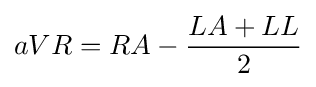
aVR=RA-{\frac {LA+LL}{2}}